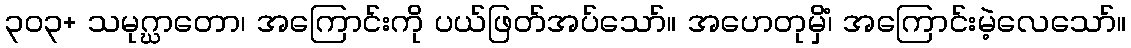
၃၀၃+ သမုဂ္ဃာတော၊ အကြောင်းကို ပယ်ဖြတ်အပ်သော်။ အဟေတုမှိံ၊ အကြောင်းမဲ့လေသော်။